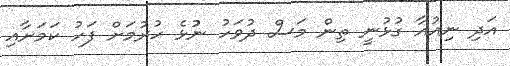
އަދި ނިއުއާ ގުޅުނީ ތިން މަސް ދުވަހު ނުުޅެ ހުރުމަށް ފަހު ކަމަށާއި